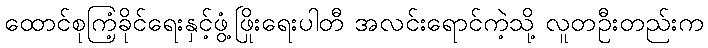
ထောင်စုကြံ့ခိုင်ရေးနှင့်ဖွံ့ဖြိုးရေးပါတီ အလင်းရောင်ကဲ့သို့ လူတဦးတည်းက